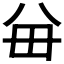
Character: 𪞈